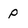
Character: p